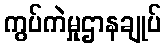
ကွပ်ကဲမှုဌာနချုပ်